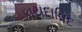
કાયદાવિદ